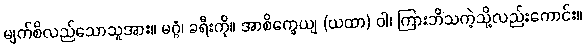
မျက်စိလည်သောသူအား။ မဂ္ဂံ၊ ခရီးကို။ အာစိက္ခေယျ (ယထာ) ဝါ၊ ကြားဘိသကဲ့သို့လည်းကောင်း။